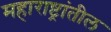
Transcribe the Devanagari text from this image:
महाराष्ट्रांतील